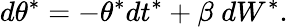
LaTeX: d\theta^{*}=-\theta^{*}dt^{*}+\beta\; dW^{*}.